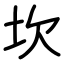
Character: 坎